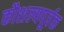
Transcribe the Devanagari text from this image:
कौशल्यपूर्वक